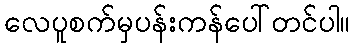
လေပူစက်မှပန်းကန်ပေါ်တင်ပါ။